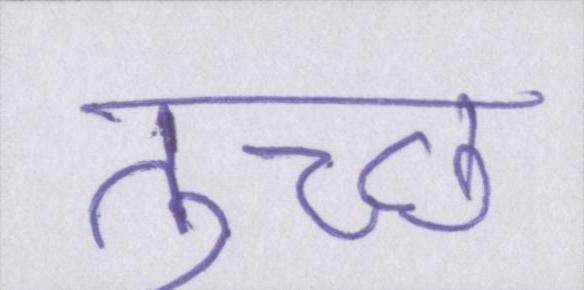
तुच्छ